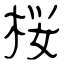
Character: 桜